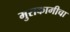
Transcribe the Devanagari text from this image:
मुराकामीचा